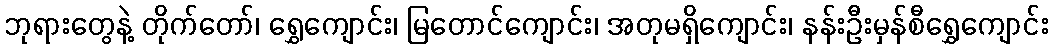
ဘုရားတွေနဲ့ တိုက်တော်၊ ရွှေကျောင်း၊ မြတောင်ကျောင်း၊ အတုမရှိကျောင်း၊ နန်းဦးမှန်စီရွှေကျောင်း